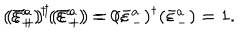
( \bar { \varepsilon } _ { + } ^ { a } ) ^ { \dagger } ( \bar { \varepsilon } _ { - } ^ { a } ) = 0 ; \hspace { 1 . 0 c m } ( \bar { \varepsilon } _ { + } ^ { a } ) ^ { \dagger } ( \bar { \varepsilon } _ { + } ^ { a } ) = ( \bar { \varepsilon } _ { - } ^ { a } ) ^ { \dagger } ( \bar { \varepsilon } _ { - } ^ { a } ) = 1 .